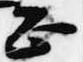
正